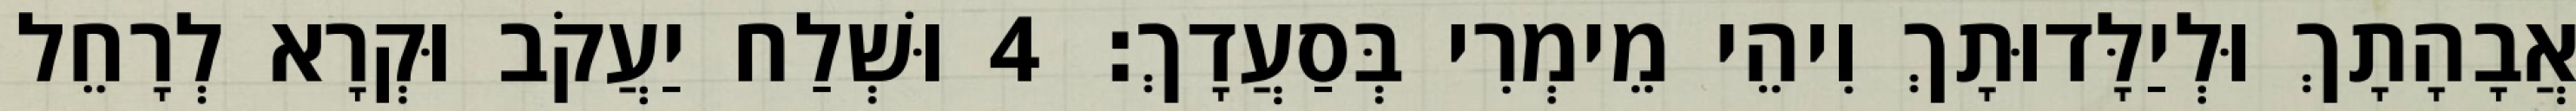
אֲבָהָתָךְ וּלְיַלָּדוּתָךְ וִיהֵי מֵימְרִי בְּסַעֲדָךְ׃ 4 וּשְׁלַח יַעֲקֹב וּקְרָא לְרָחֵל